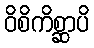
ဝိစိကိစ္ဆာပိ